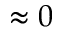
\approx 0